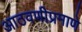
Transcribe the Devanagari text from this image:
आठवणीप्रमाणे